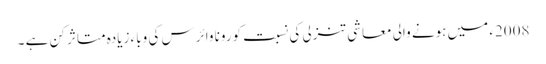
2008ء میں ہونے والی معاشی تنزلی کی نسبت کورونا وائرس کی وباء زیادہ متاثر کن ہے ۔